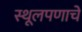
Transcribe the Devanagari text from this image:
स्थूलपणाचे